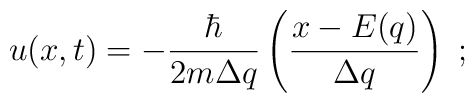
u(x,t)=-\frac{\hbar}{2m\Delta q}\left( \frac{x-E(q)}{\Delta q}\right) \; ;